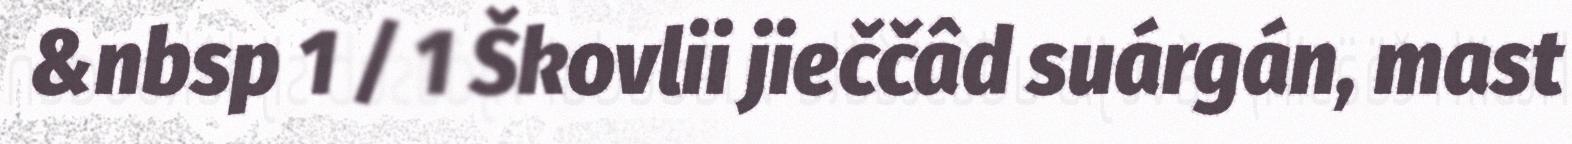
&nbsp 1 / 1 Škovlii jieččâd suárgán, mast